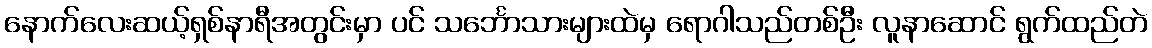
နောက်လေးဆယ့်ရှစ်နာရီအတွင်းမှာ ပင် သင်္ဘောသားများထဲမှ ရောဂါသည်တစ်ဦး လူနာဆောင် ရွက်ထည်တဲ